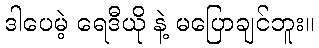
ဒါပေမဲ့ ရေဒီယို နဲ့ မပြောချင်ဘူး။